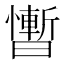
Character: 𰖴